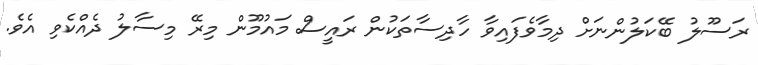
ރަސޫލު ބޭކަލުންނަށް ދިމާވެފައިވާ ހާދިސާތަކުން ރައީސް މައުމޫން މިރޭ މިސާލު ދެއްކެވި އެވެ.